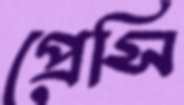
প্রেসি